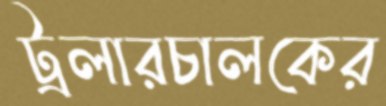
ট্রলারচালকের